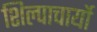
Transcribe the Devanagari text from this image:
शिल्पाचार्यो